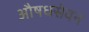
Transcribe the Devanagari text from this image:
औषधसेवन